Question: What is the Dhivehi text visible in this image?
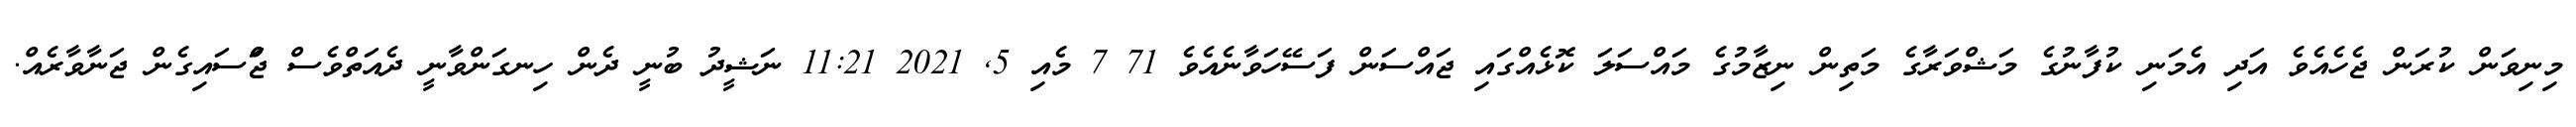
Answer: މިނިވަން ކުރަން ޖެހެއެވެ އަދި އެމަނި ކުފާނުގެ މަޝްވަރާގެ މަތިން ނިޒާމުގެ މައްސަލަ ކޮޅެއްގައި ޖައްސަން ފަސޭހަވާނެއެވެ 71 7 މެއި 5, 2021 11:21 ނަޝީދު ބުނީ ދެން ހިނގަންވާނީ ދެއަތްވެސް ޖަްްސައިގެން ޖަނާވާރެއް.